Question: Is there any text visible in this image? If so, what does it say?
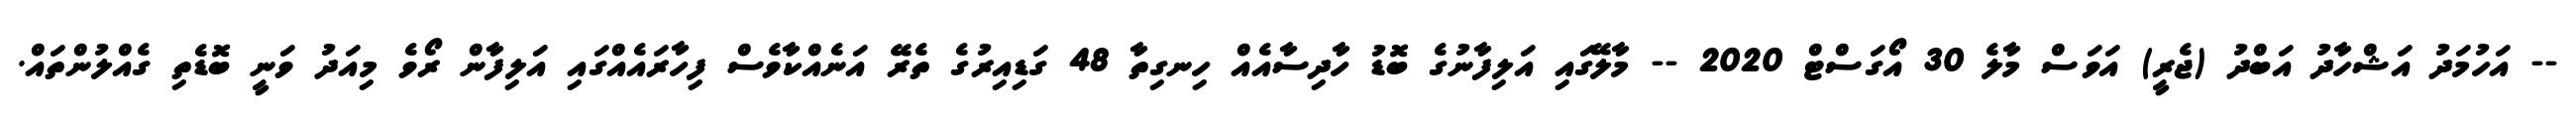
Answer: -- އަހުމަދު އަޝްހާދު އަބްދު (ޖެރީ) އަވަސް މާލެ 30 އޯގަސްޓް 2020 -- މާލޭގައި އަލިފާނުގެ ބޮޑު ހާދިސާއެއް ހިނގިތާ 48 ގަޑިއިރުގެ ތެރޭ އަނެއްކާވެސް ފިހާރައެއްގައި އަލިފާން ރޯވެ މިއަދު ވަނީ ބޮޑެތި ގެއްލުންތައް.